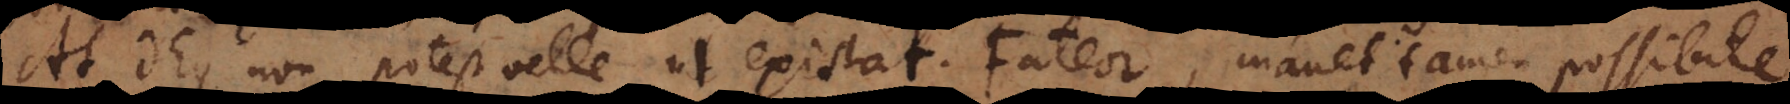
At Deus non potest velle ut existat. Fateor, manet tamen possibile